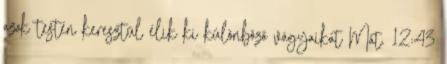
azok testén keresztül élik ki különböző vágyaikat Mát. 12:43